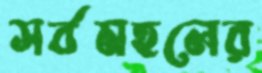
সর্বমহলের